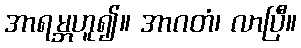
အာရမ္ဘဟူ၍။ အာဂတံ၊ လာပြီ။